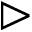
\vartriangleright